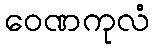
ဝေဏကုလံ